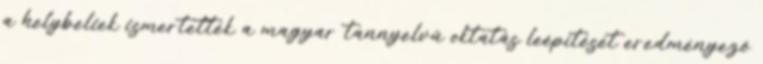
a helybeliek ismertették a magyar tannyelvű oktatás leépítését eredményező